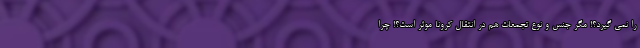
را نمی گیرد؟! مگر جنس و نوع تجمعات هم در انتقال کرونا موثر است؟! چرا